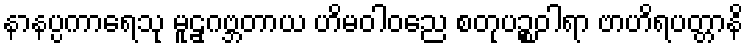
နာနပ္ပကာရေသု မူဠှဂဗ္ဘတာယ ဟိမဝါဝညေ စတုပဉ္စဝါရာ ဗာဟိရပတ္တာနိ